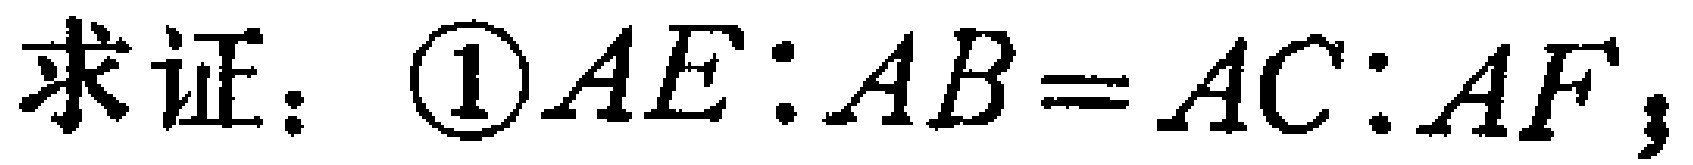
求证：\(\textcircled{1}AE:AB = AC:AF\)；